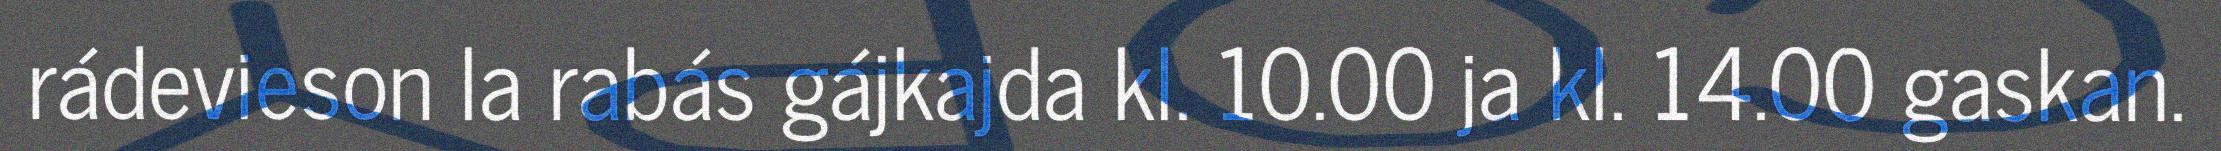
rádevieson la rabás gájkajda kl. 10.00 ja kl. 14.00 gaskan.